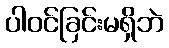
ပါဝင်ခြင်းမရှိဘဲ